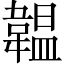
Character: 韞